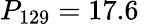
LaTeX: P_{129}=17.6\